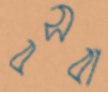
বসবা